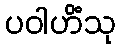
ပဝါဟိံသု